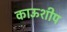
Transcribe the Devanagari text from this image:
काऊशीप